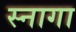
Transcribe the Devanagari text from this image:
स्नागा